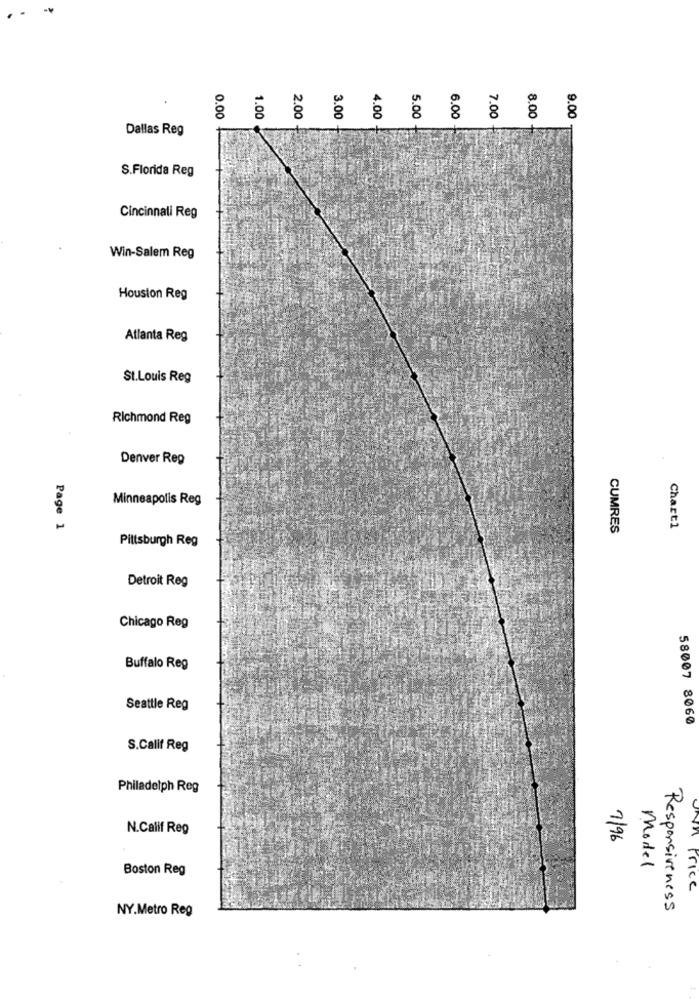
4.00
0.00
1.00
2.00
3.00
5.00
6.00
7.00
8.00
8
Dallas Reg
S.Florida Reg
Cincinnati Reg
Win-Salem Reg
Houston Reg
Atlanta Reg
St.Louis Reg
Richmond Reg
Denver Reg
Minneapolis Reg
Page 1
CUMRES
Chart1
Pittsburgh Reg
Detroit Reg
Chicago Reg
Buffalo Reg
Seattle Reg
58007 8060
S.Calif Reg
Philadelph Reg
N.Calif Reg
7/96
Boston Reg
Model
Price
NY.Metro Reg
Responsiveness